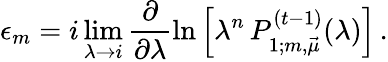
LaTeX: \epsilon_{m}=i\operatorname*{lim}_{\lambda\rightarrow i}\frac{\partial}{\partial\lambda}\ln\left[\lambda^{n}\, P_{1;m,\vec{\mu}}^{(t-1)}(\lambda)\right]\, .